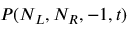
P ( N _ { L } , N _ { R } , - 1 , t )